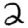
Digit: 2